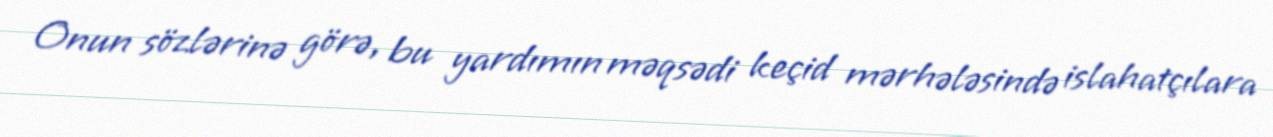
Onun sözlərinə görə, bu yardımın məqsədi keçid mərhələsində islahatçılara